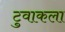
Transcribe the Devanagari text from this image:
टुवाकला